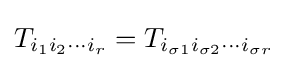
T_{i_{1}i_{2}\cdots i_{r}}=T_{i_{\sigma 1}i_{\sigma 2}\cdots i_{\sigma r}}